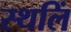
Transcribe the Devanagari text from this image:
स्थलिं